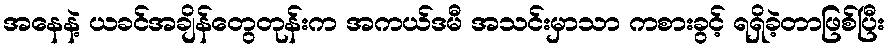
အနေနဲ့ ယခင်အချိန်တွေတုန်းက အကယ်ဒမီ အသင်းမှာသာ ကစားခွင့် ရရှိခဲ့တာဖြစ်ပြီး